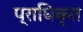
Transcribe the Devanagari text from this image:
प्राधिकृत